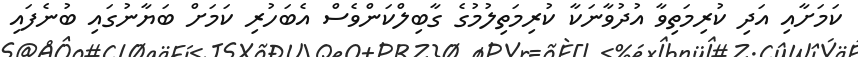
ކަމަށާއި އަދި ކުރިމަތިވާ އުދުވާނަކާ ކުރިމަތިލުމުގެ ގާބިލްކަންވެސް އެބަހުރި ކަމަށް ބަޔާނުގައި ބުނެފައި